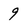
Character: 9